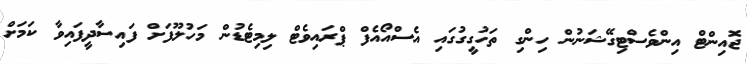
ޖޮއިންޓް އިންވެސްޓިގޭޝަނުން ހިންގި ތަހުގީގުގައި އެސްއޯއެފް ޕްރައިވެޓް ލިމިޓެޑުން މަހުލޫފަށް ފައިސާދީފައިވާ ކަމަށް